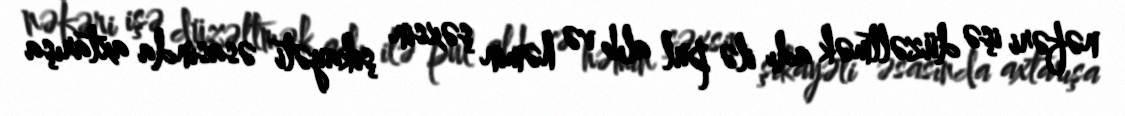
nəfəri işə düzəltmək adı ilə pul alıb və həmin şəxsin şikayəti əsasında axtarışa